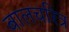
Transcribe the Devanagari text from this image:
बालचरित्र